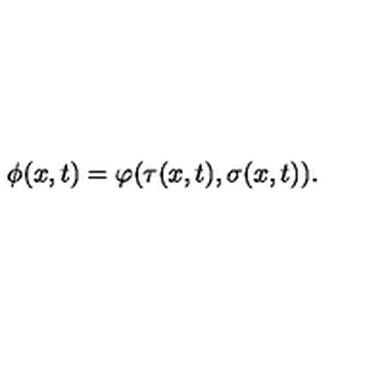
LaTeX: \phi ( x , t ) = \varphi ( \tau ( x , t ) , \sigma ( x , t ) ) .